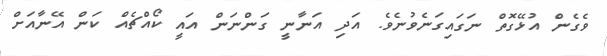
ވެގެން އުޅޭގޮތް ނަގައިގަނެވުނެވެ. އަދި އަނާނީ ގަންނަން އައީ ކޯއްޗެއް ކަން އޭނާއަށް